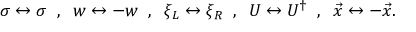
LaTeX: \sigma \leftrightarrow \sigma \; \; , \; \; w \leftrightarrow - w \; \; , \; \; \xi _ { L } \leftrightarrow \xi _ { R } \; \; , \; \; U \leftrightarrow U ^ { \dagger } \; \; , \; \; \vec { x } \leftrightarrow - \vec { x } .